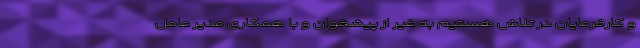
و کارفرمایان در تلاش هستیم به غیر از پیشخوان و با همکاری مدیر عامل